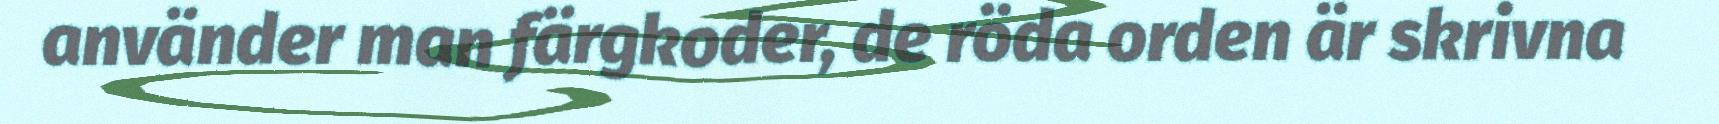
använder man färgkoder, de röda orden är skrivna